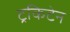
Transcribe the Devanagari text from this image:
ट्रकिटेन